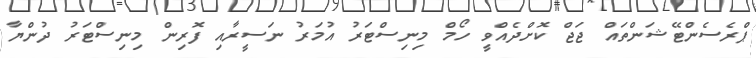
ޕްރެސެންޓޭޝަންތައް ޖަޖް ކޮށްދެއްވީ ހޯމް މިނިސްޓަރު އުމަރު ނަސީރާއި ފޮރިން މިނިސްޓަރު ދުންޔާ